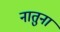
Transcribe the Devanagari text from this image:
नातुना